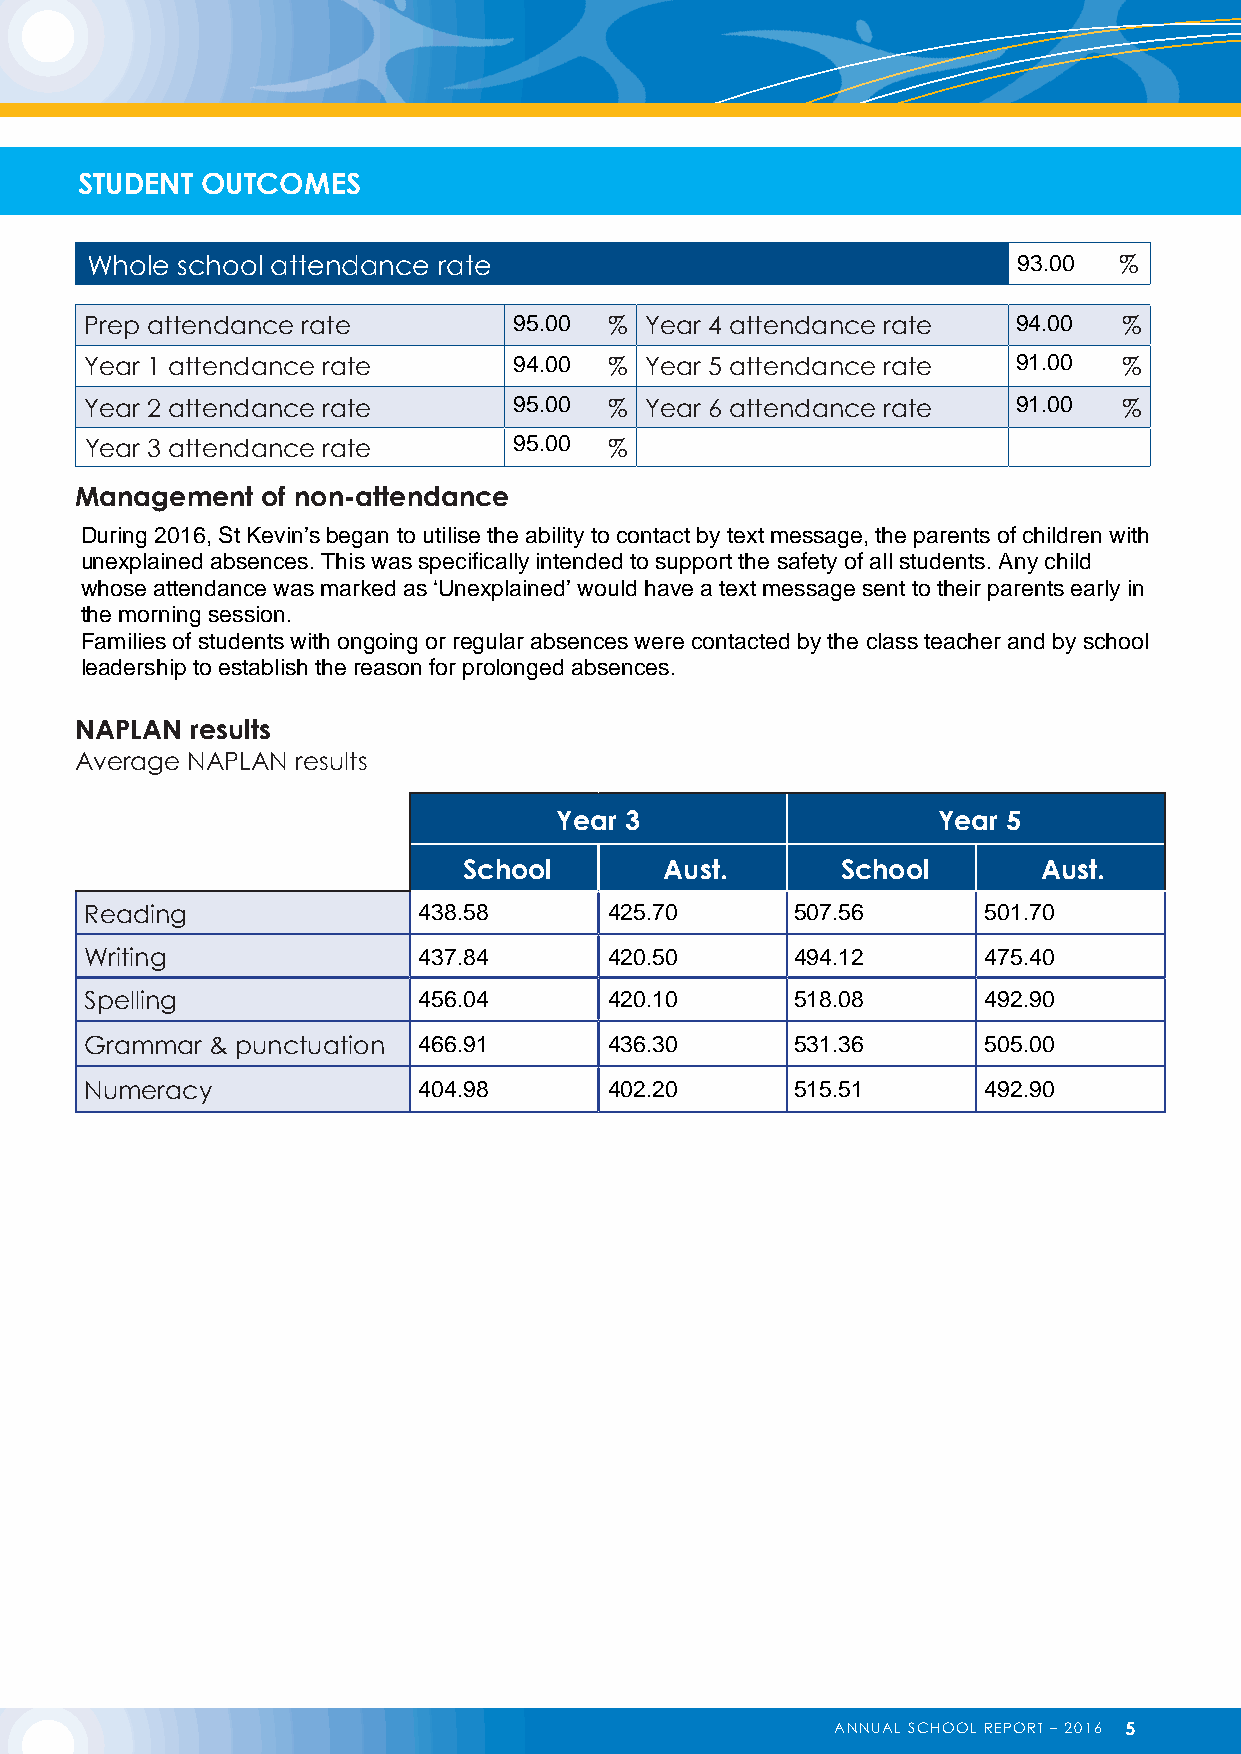
STUDENT OUTCOMES
 Whole school attendance rate                                 93.00  %
 Prep attendance rate        95.00 %  Year 4 attendance rate  94.00  %
 Year 1 attendance rate      94.00 %  Year 5 attendance rate  91.00  %
 Year 2 attendance rate      95.00 %  Year 6 attendance rate  91.00  %
 95.00
 Year 3 attendance rate            %
 Management  of non-attendance
 During 2016, St Kevin’s began to utilise the ability to contact by text message, the parents of children with
 unexplained absences. This was specifically intended to support the safety of all students. Any child
 whose attendance was marked as ‘Unexplained’ would have a text message sent to their parents early in
 the morning session.
 Families of students with ongoing or regular absences were contacted by the class teacher and by school
 leadership to establish the reason for prolonged absences.
 NAPLAN  results
 Average NAPLAN results
 Year 3                   Year 5
 School       Aust.       School       Aust.
 Reading               438.58      425.70       507.56      501.70
 Writing               437.84      420.50       494.12      475.40
 Spelling              456.04      420.10       518.08      492.90
 Grammar & punctuation 466.91      436.30       531.36      505.00
 Numeracy              404.98      402.20       515.51      492.90
 ANNUAL SCHOOL REPORT – 2016 5